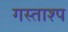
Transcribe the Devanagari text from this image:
गस्ताश्प